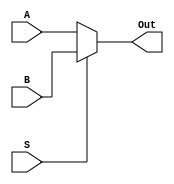
`timescale 1ns / 1ps
//////////////////////////////////////////////////////////////////////////////////
// Company: 
// Engineer: 
// 
// Design Name: 
// Module Name:     MULTIPLEXOR(2 TO 1), 64 Bits 
// Project Name: 
// Target Devices: 
// Tool versions: 
// Description: 
//
// Dependencies: 
//
// Revision: 
// Revision 0.01 - File Created
// Additional Comments: 
//
//////////////////////////////////////////////////////////////////////////////////
module MUX2_1_64(
    input [63:0] A,
    input [63:0] B,
    input S,
    output reg [63:0] Out
    );
	always @(A, B, S)
	begin
		if(S == 'b1)
			Out <= B;
		else
			Out <= A;
	end
endmodule